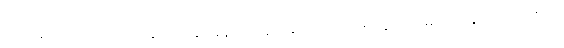
ဆေးမလုံလောက်တာ၊ အပြင်ဆေးခန်းကနေ ဆေးဝယ်ထိုးဖို့ ငွေကြေးမတတ်နိုင်တာ၊ ဒဏ်ရာ